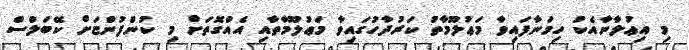
މި އިޢުލާނާއެކު ހިމަނާފައިވާ މަޢުލޫމާތު ކަރުދާހުގައިވާ މަޢުލޫމާތާއި އެއްގޮތަށް މި ކުންފުންޏަށް ކޭބަލްސް